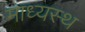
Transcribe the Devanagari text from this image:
माध्यस्थ